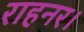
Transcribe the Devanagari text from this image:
राहनर।